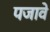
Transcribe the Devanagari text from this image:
पजावे